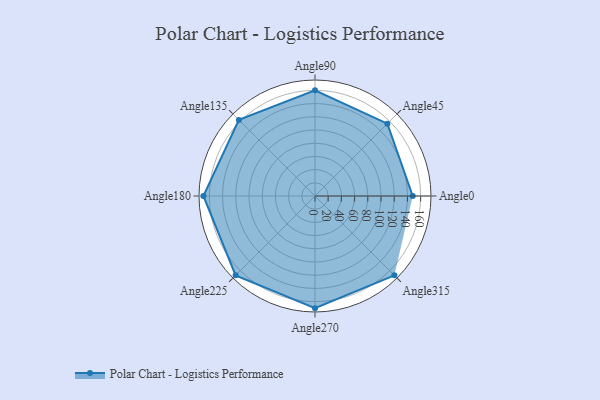
{"axis": {"x": "Angle", "y": "Radius"}, "legend": [""], "data": [{"x": "Angle0", "y": 148.0, "type": ""}, {"x": "Angle45", "y": 155.0, "type": ""}, {"x": "Angle90", "y": 160.0, "type": ""}, {"x": "Angle135", "y": 163.0, "type": ""}, {"x": "Angle180", "y": 169.0, "type": ""}, {"x": "Angle225", "y": 170, "type": ""}, {"x": "Angle270", "y": 170, "type": ""}, {"x": "Angle315", "y": 170, "type": ""}]}